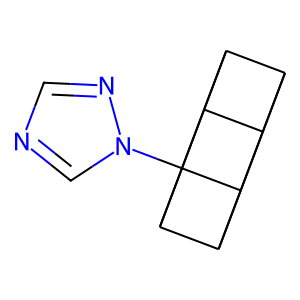
SMILES: c1ncn(C23C4C5C6C4C2C6C53)n1
Inhibits HIV replication: No